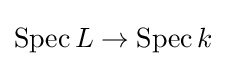
{\textstyle \mathrm {Spec} \,L\to \mathrm {Spec} \,k}